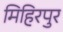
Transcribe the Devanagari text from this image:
मिहिरपुर